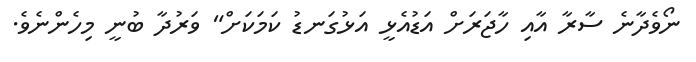
ނޯވެދާނެ ސާރާ އާއި ހާޖަރަށް އަޑުއެޅީ އަޅުގަނޑު ކަމަކަށް" ވަރުދާ ބުނީ މިހެންނެވެ.